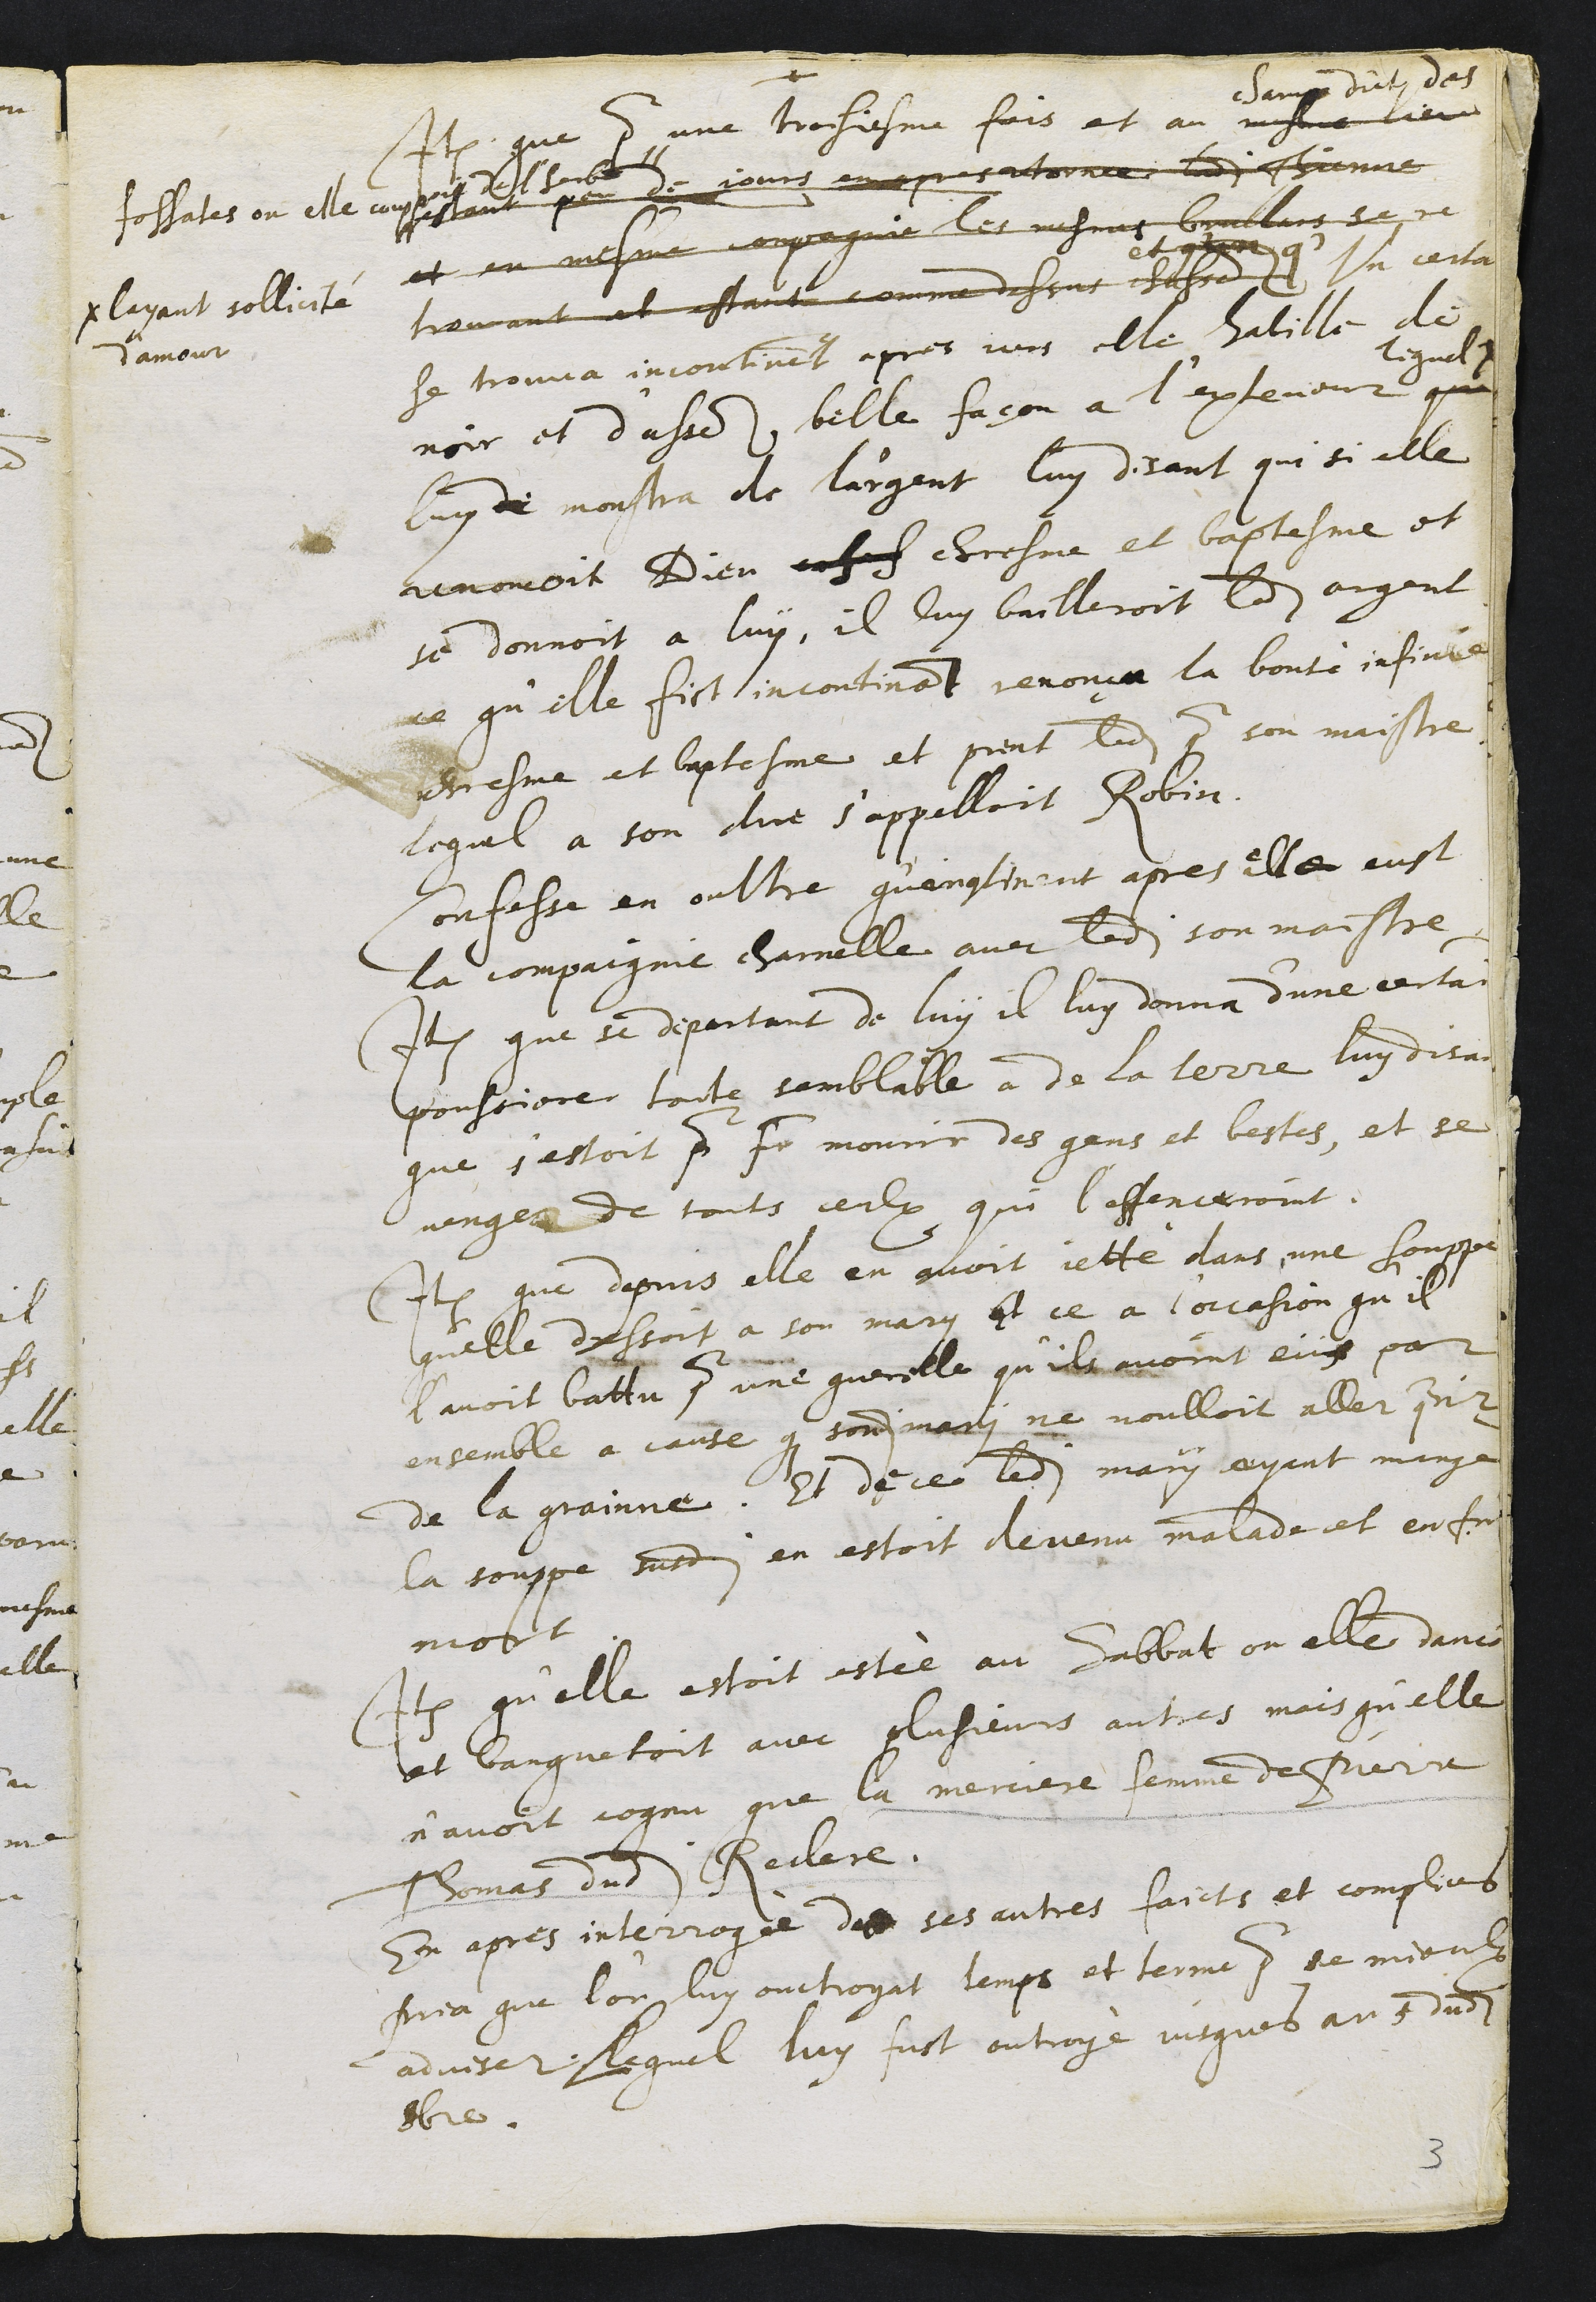
+
Item que pour une troisiesme fois et au mesme lieu
champ dict des
fossattes ou elle coupoit de l'herbe
estant peu de jours en apres retornee ladite Thienne
et en mesme compagnie les mesmes brullars se re
trouvant et estant comme dessus chasse
et q'un q'
Un certain
se trouva incontinent apres vers elle habille de
noir et d'assez belle façon à l’exterieur que
lequel x
x layant sollicité
d'amour
luy de monstra de l'argent luy disant qui si elle
renoncoit Dieu  chresme et baptesme et
se donnoit à luy, il luy bailleroit ledit argent
ce qu’elle fist, incontinant renonça la bonté infinie
chresme et baptesme et prent ledit pour son maistre
lequel a son dire s’appelloit Robin,
Confesse en oultre qu'incontinent apres elle eust
la compaignie charnelle avec ledit son maistre
Item que se departant de luy il luy donna d'une certaine
poussiere, toute semblable a de la terre luy disant
que s’estoit pour faire mourir des gens et bestes, et se
venger de tous ceulx qui l'offenceroint.
Item que depuis elle en avoit jetté dans une souppe
quelle dressoit a son mary et ce a l'occasion qu’il
l’avoit battu pour une querelle qu'ils avoint eue par
ensemble a cause que sondit mari ne voulloit aller querir
de la grainne. Et de ce ledit mary ayant mangé
la souppe susdite en estoit devenu malade et enfin
mort
Item qu’elle estoit estée au Sabbat ou elle dancé
et banquetoit avec plusieurs autres mais qu’elle
n’avoit cognu que la merciere femme de Pierre
Thomas dudit Reclere.
En apres interrogée de ses autres faicts et complices
pria que l'on luy ouctroyat temps et terme pour se mieulx
adviser Lequel luy fust outroyé jusques au 5 dudit
8bre.

3